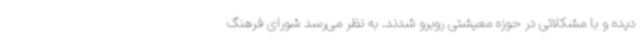
دیده و با مشکلاتی در حوزه معیشتی روبرو شدند. به نظر می‌رسد شورای فرهنگ